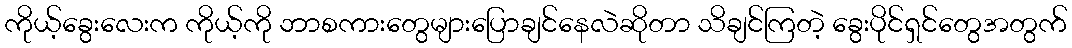
ကိုယ့်ခွေးလေးက ကိုယ့်ကို ဘာစကားတွေများပြောချင်နေလဲဆိုတာ သိချင်ကြတဲ့ ခွေးပိုင်ရှင်တွေအတွက်